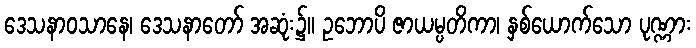
ဒေသနာဝသာနေ၊ ဒေသနာတော် အဆုံး၌။ ဥဘောပိ ဇာယမ္ပတိကာ၊ နှစ်ယောက်သော ပုဏ္ဏား